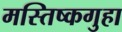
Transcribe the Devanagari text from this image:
मस्तिष्कगुहा